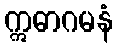
ဣဓာဂမနံ